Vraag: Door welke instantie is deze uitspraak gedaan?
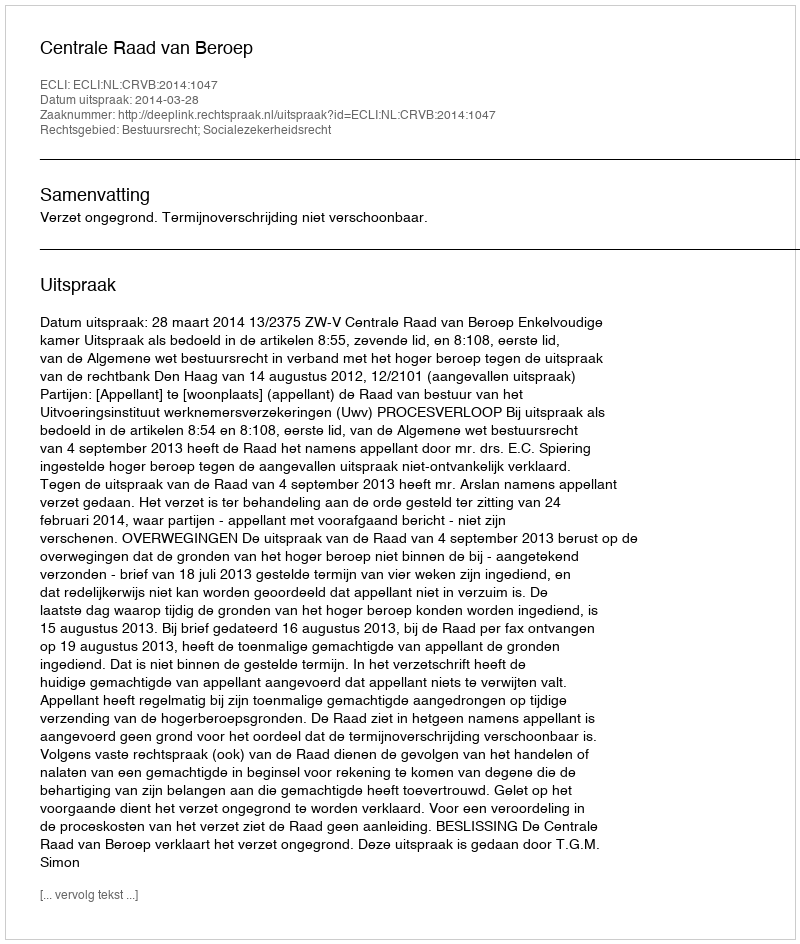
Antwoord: Centrale Raad van Beroep